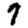
Digit: 7